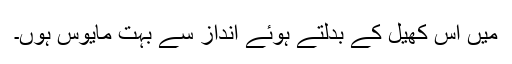
میں اس کھیل کے بدلتے ہوئے انداز سے بہت مایوس ہوں۔